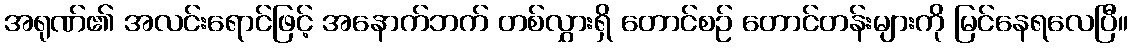
အရုဏ်၏ အလင်းရောင်ဖြင့် အနောက်ဘက် တစ်လွှားရှိ တောင်စဉ် တောင်တန်းများကို မြင်နေရလေပြီ။